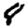
Digit: 8